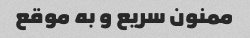
ممنون سریع و به موقع